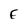
Character: E